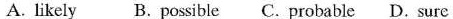
A. likely B. Possible C. Probable D. Surc